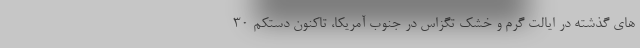
های گذشته در ایالت گرم و خشک تگزاس در جنوب آمریکا، تاکنون دستکم 30